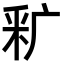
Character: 𬪺